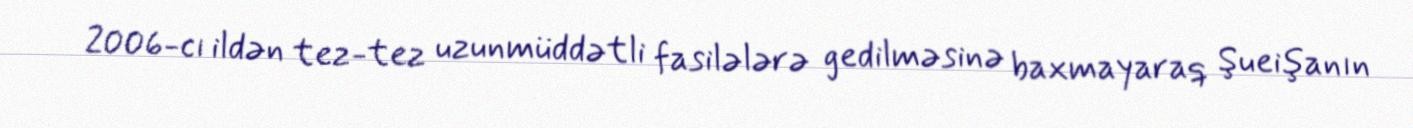
2006-cı ildən tez-tez uzunmüddətli fasilələrə gedilməsinə baxmayaraq Şueişanın